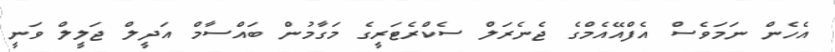
އެހެން ނަމަވެސް އެފްއޭއެމްގެ ޖެނެރަލް ސެކްރެޓަރީގެ މަގާމުން ބައްސާމް އަދީލް ޖަލީލް ވަނީ